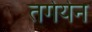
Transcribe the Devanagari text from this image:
तर्गर्यन